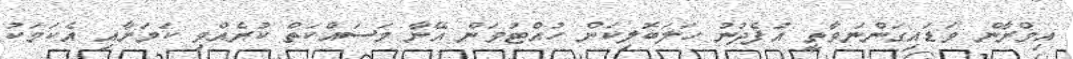
އިމްރާން ވަޑައިގަންނަވާތީ އުފެދުނު ހަލަބޮލިކަން ހުއްޓުވަން އޭނާ މަސައްކަތް ކުރެއްވި ކަމަށާއި އެކަމަކު